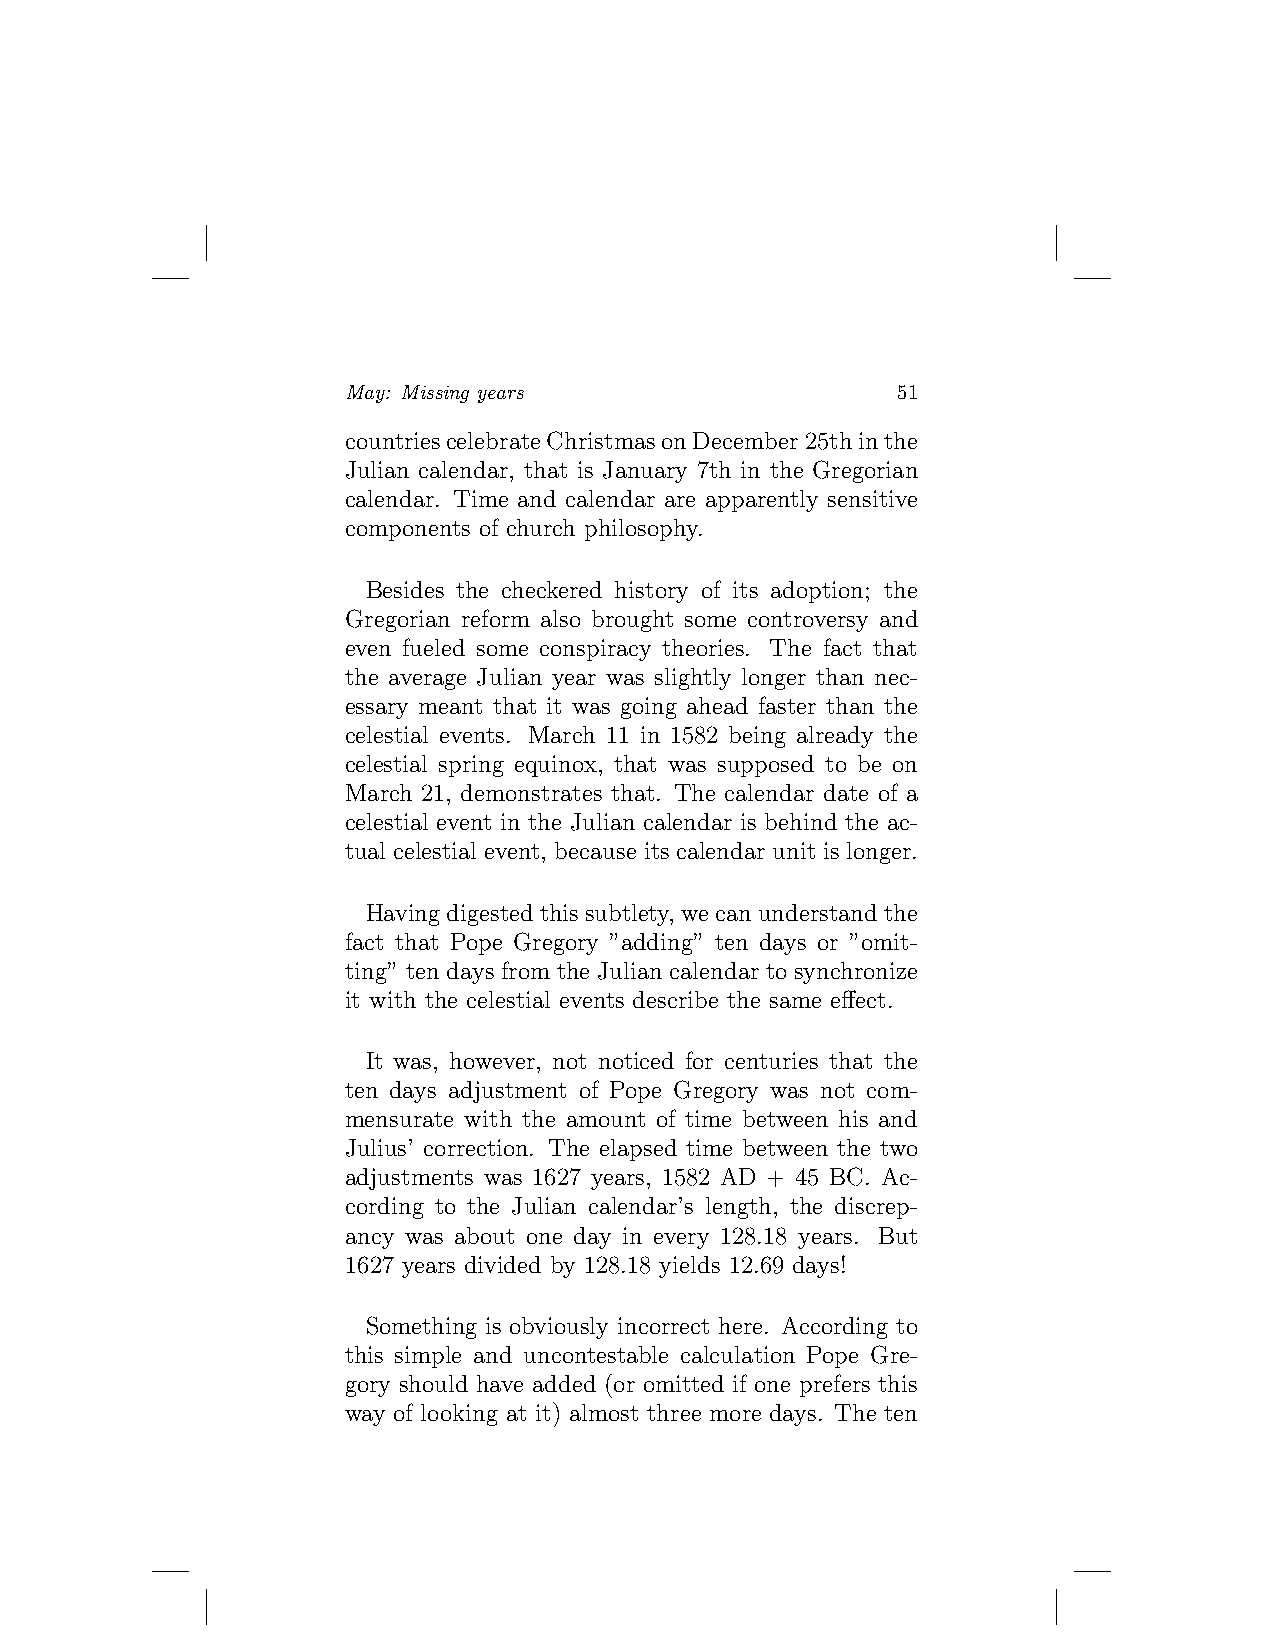
May: Missing years                  51
 countriescelebrateChristmasonDecember25thinthe
 Julian calendar, that is January 7th in the Gregorian
 calendar. Time and calendar are apparently sensitive
 components of church philosophy.
 Besides the checkered history of its adoption; the
 Gregorian reform also brought some controversy and
 even fueled some conspiracy theories. The fact that
 the average Julian year was slightly longer than nec-
 essary meant that it was going ahead faster than the
 celestial events. March 11 in 1582 being already the
 celestial spring equinox, that was supposed to be on
 March 21, demonstrates that. The calendar date of a
 celestial event in the Julian calendar is behind the ac-
 tual celestial event, because its calendar unit is longer.
 Havingdigestedthissubtlety, wecanunderstandthe
 fact that Pope Gregory ”adding” ten days or ”omit-
 ting” ten days from the Julian calendar to synchronize
 it with the celestial events describe the same effect.
 It was, however, not noticed for centuries that the
 ten days adjustment of Pope Gregory was not com-
 mensurate with the amount of time between his and
 Julius’ correction. The elapsed time between the two
 adjustments was 1627 years, 1582 AD + 45 BC. Ac-
 cording to the Julian calendar’s length, the discrep-
 ancy was about one day in every 128.18 years. But
 1627 years divided by 128.18 yields 12.69 days!
 Something is obviously incorrect here. According to
 this simple and uncontestable calculation Pope Gre-
 gory should have added (or omitted if one prefers this
 way of looking at it) almost three more days. The ten